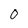
Character: 0